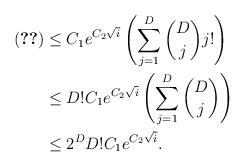
LaTeX: \begin{align*} \eqref{eq:upper1}&\le C_1e^{C_2\sqrt{i}} \left(\sum_{j=1}^D\binom{D}{j}j!\right)\\ &\le D! C_1e^{C_2\sqrt{i}} \left(\sum_{j=1}^D \binom{D}{j}\right)\\ &\le 2^D D! C_1e^{C_2\sqrt{i}}. \end{align*}